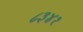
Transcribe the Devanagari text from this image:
८३४१